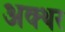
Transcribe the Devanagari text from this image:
अक्थर